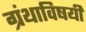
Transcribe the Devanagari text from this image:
ग्रंथाविषयीं